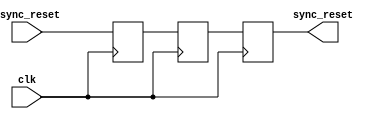
module async_reset_synchronizer #(
    parameter ACTIVE_HIGH = 1 // Set to 1 for active high, 0 for active low
)(
    input wire clk,           // Clock signal
    input wire async_reset,   // Asynchronous reset signal
    output reg sync_reset     // Synchronized reset signal
);

    // Internal signals for the two flip-flops
    reg ff1, ff2;

    always @(posedge clk) begin
        // First flip-flop captures the asynchronous reset signal
        ff1 <= (ACTIVE_HIGH) ? async_reset : ~async_reset;
        // Second flip-flop stabilizes the signal
        ff2 <= ff1;
        // Synchronize reset output
        sync_reset <= ff2;
    end

endmodule